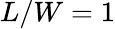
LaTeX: L/W=1